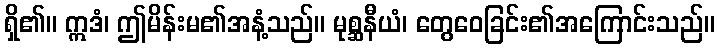
ရှိ၏။ ဣဒံ၊ ဤမိန်းမ၏အနံ့သည်။ မုစ္ဆနီယံ၊ တွေဝေခြင်း၏အကြောင်းသည်။